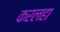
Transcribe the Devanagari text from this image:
करलहा